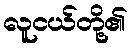
လူငယ်တို့၏